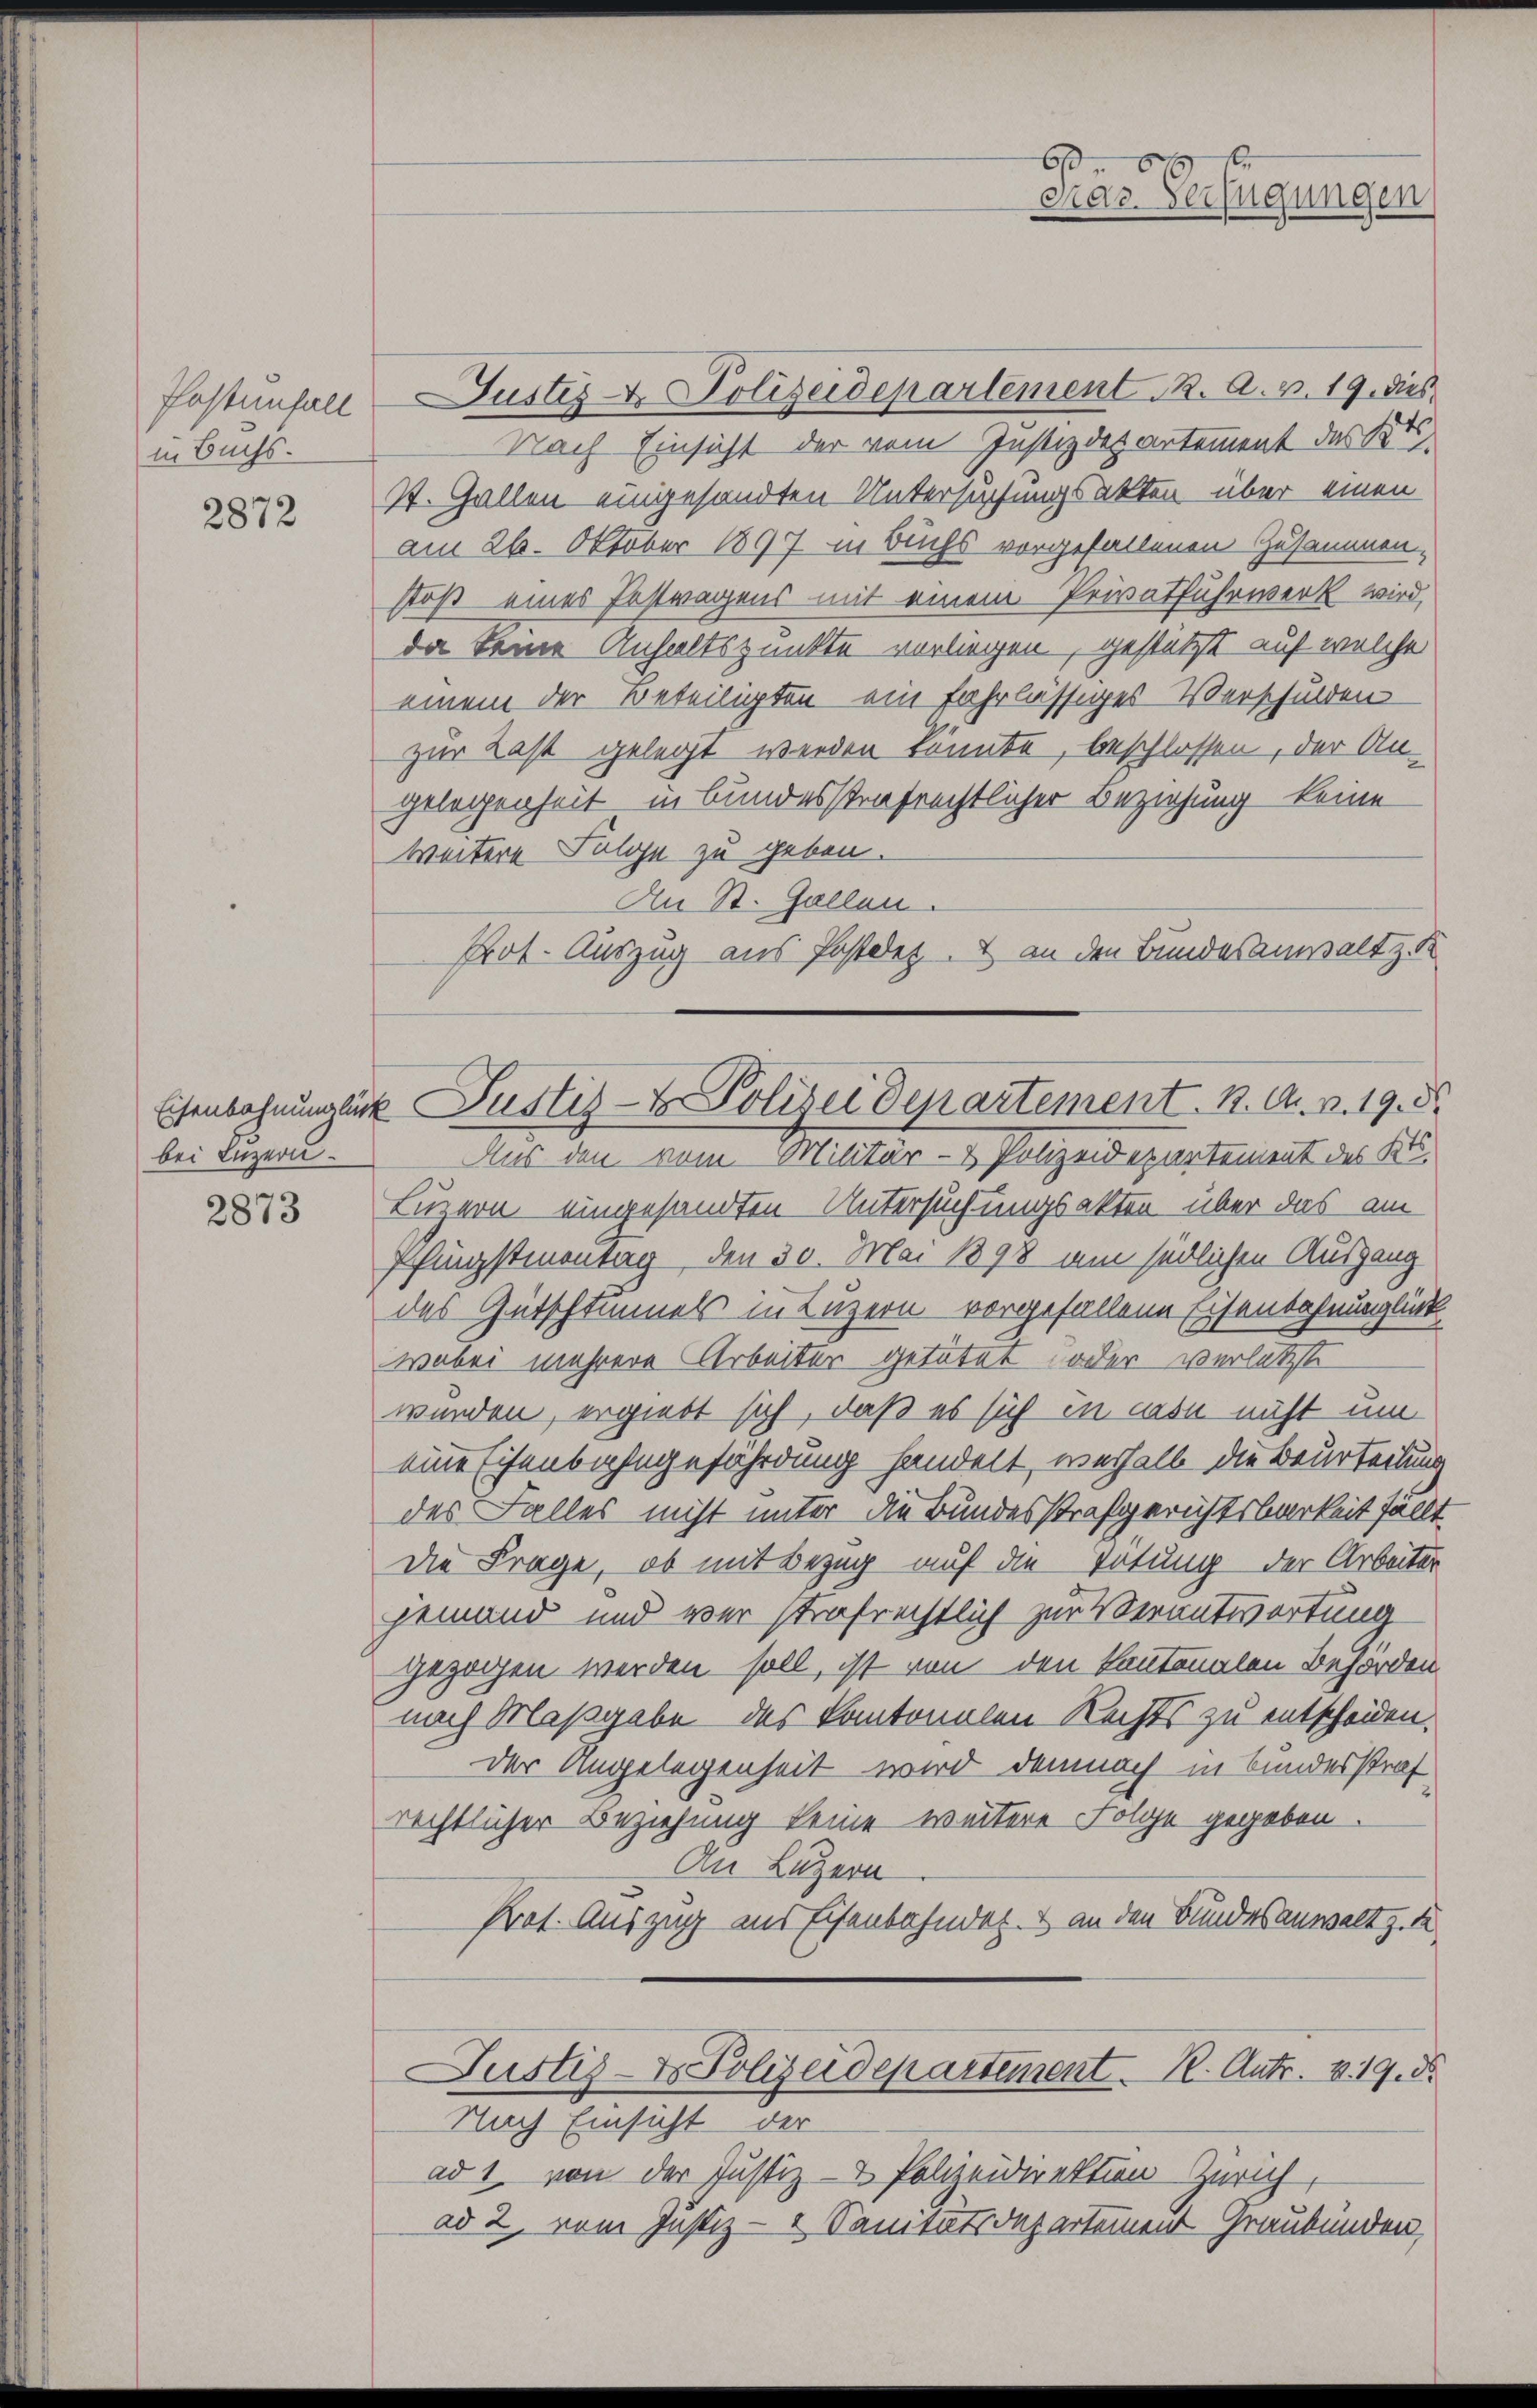
Postenfall
in Buchs.

2872

bei Luzern.

2873

Justiz & Polizeidepartement K. A. v. 19. dies
Nach Einsicht der vom Justizdepartement des Kts.
7. Gallen eingesandten Untersuchungsakten über einen
am 26. Oktober 1897 in Buchs vorgefallenen Zusammen-
stoß eines Festragens mit einem Privatfuhrwerk wird,
da keine Anhaltspunkte vorliegen, gestützt auf welcher
einem der Beteiligten ein fahrlässiges Verschulden
zur Last gelegt werden könnte, beschlossen, der An-
gelegenheit in bundesstrafrechtlicher Beziehung keine
weitere Folge zu geben.
An St. Gallen.
Aus den vom Militär- & Polizeidepartement des Kts.
Luzern eingesandten Untersuchungsakten über das am
Pfingstmontag, den 30. Mai 1898 am südlichen Ausgang
des Gutschlummels in Luzern vorgefallene Eisenbahnunglück
wobei mehrere Arbeiter getaten oder verletzte
wunden, ergiebt sich, daß es sich in mon nicht um
eine Eisenbahngefährdung handelt, weshalb die Beurteilung
des Falles nicht unter die Bundesstrafgerichtsbarkeit fällt.
Die Frage, ob mit Bezug auf die Tötung der Arbeiter
jemand und wer strafrechtlich zur Verantwortung
gezogen werden soll, ist von den kantonalen Behörden
nach Maßgabe des Kantonalen Rechts zu entscheiden.
der Angelegenheit wird demnach in Bundesstraf
rechtlicher Beziehung keine weitere Folge gegeben.
An Luzern
Prot. Auszug ins Eisenbahndet & an den Bundesanwalt zu
Justiz- & Polizeidepartement. 12. Antr. v. 19. d.
Nach Einsicht der
ad 1. von der Justiz- & Polizeidirektion Zürich,
ad 2. vom Justiz- & Sanitätsdepartement Graubünden,

66
Pras. Verfügungen

Prot. Auszug aus Postdez & an den Bundesanwalt z. K
Etenbahnungsinck Justiz- & Polizeidepartement. 1. A. v. 19. d.